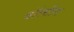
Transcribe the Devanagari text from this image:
वॉल्ग्रीन